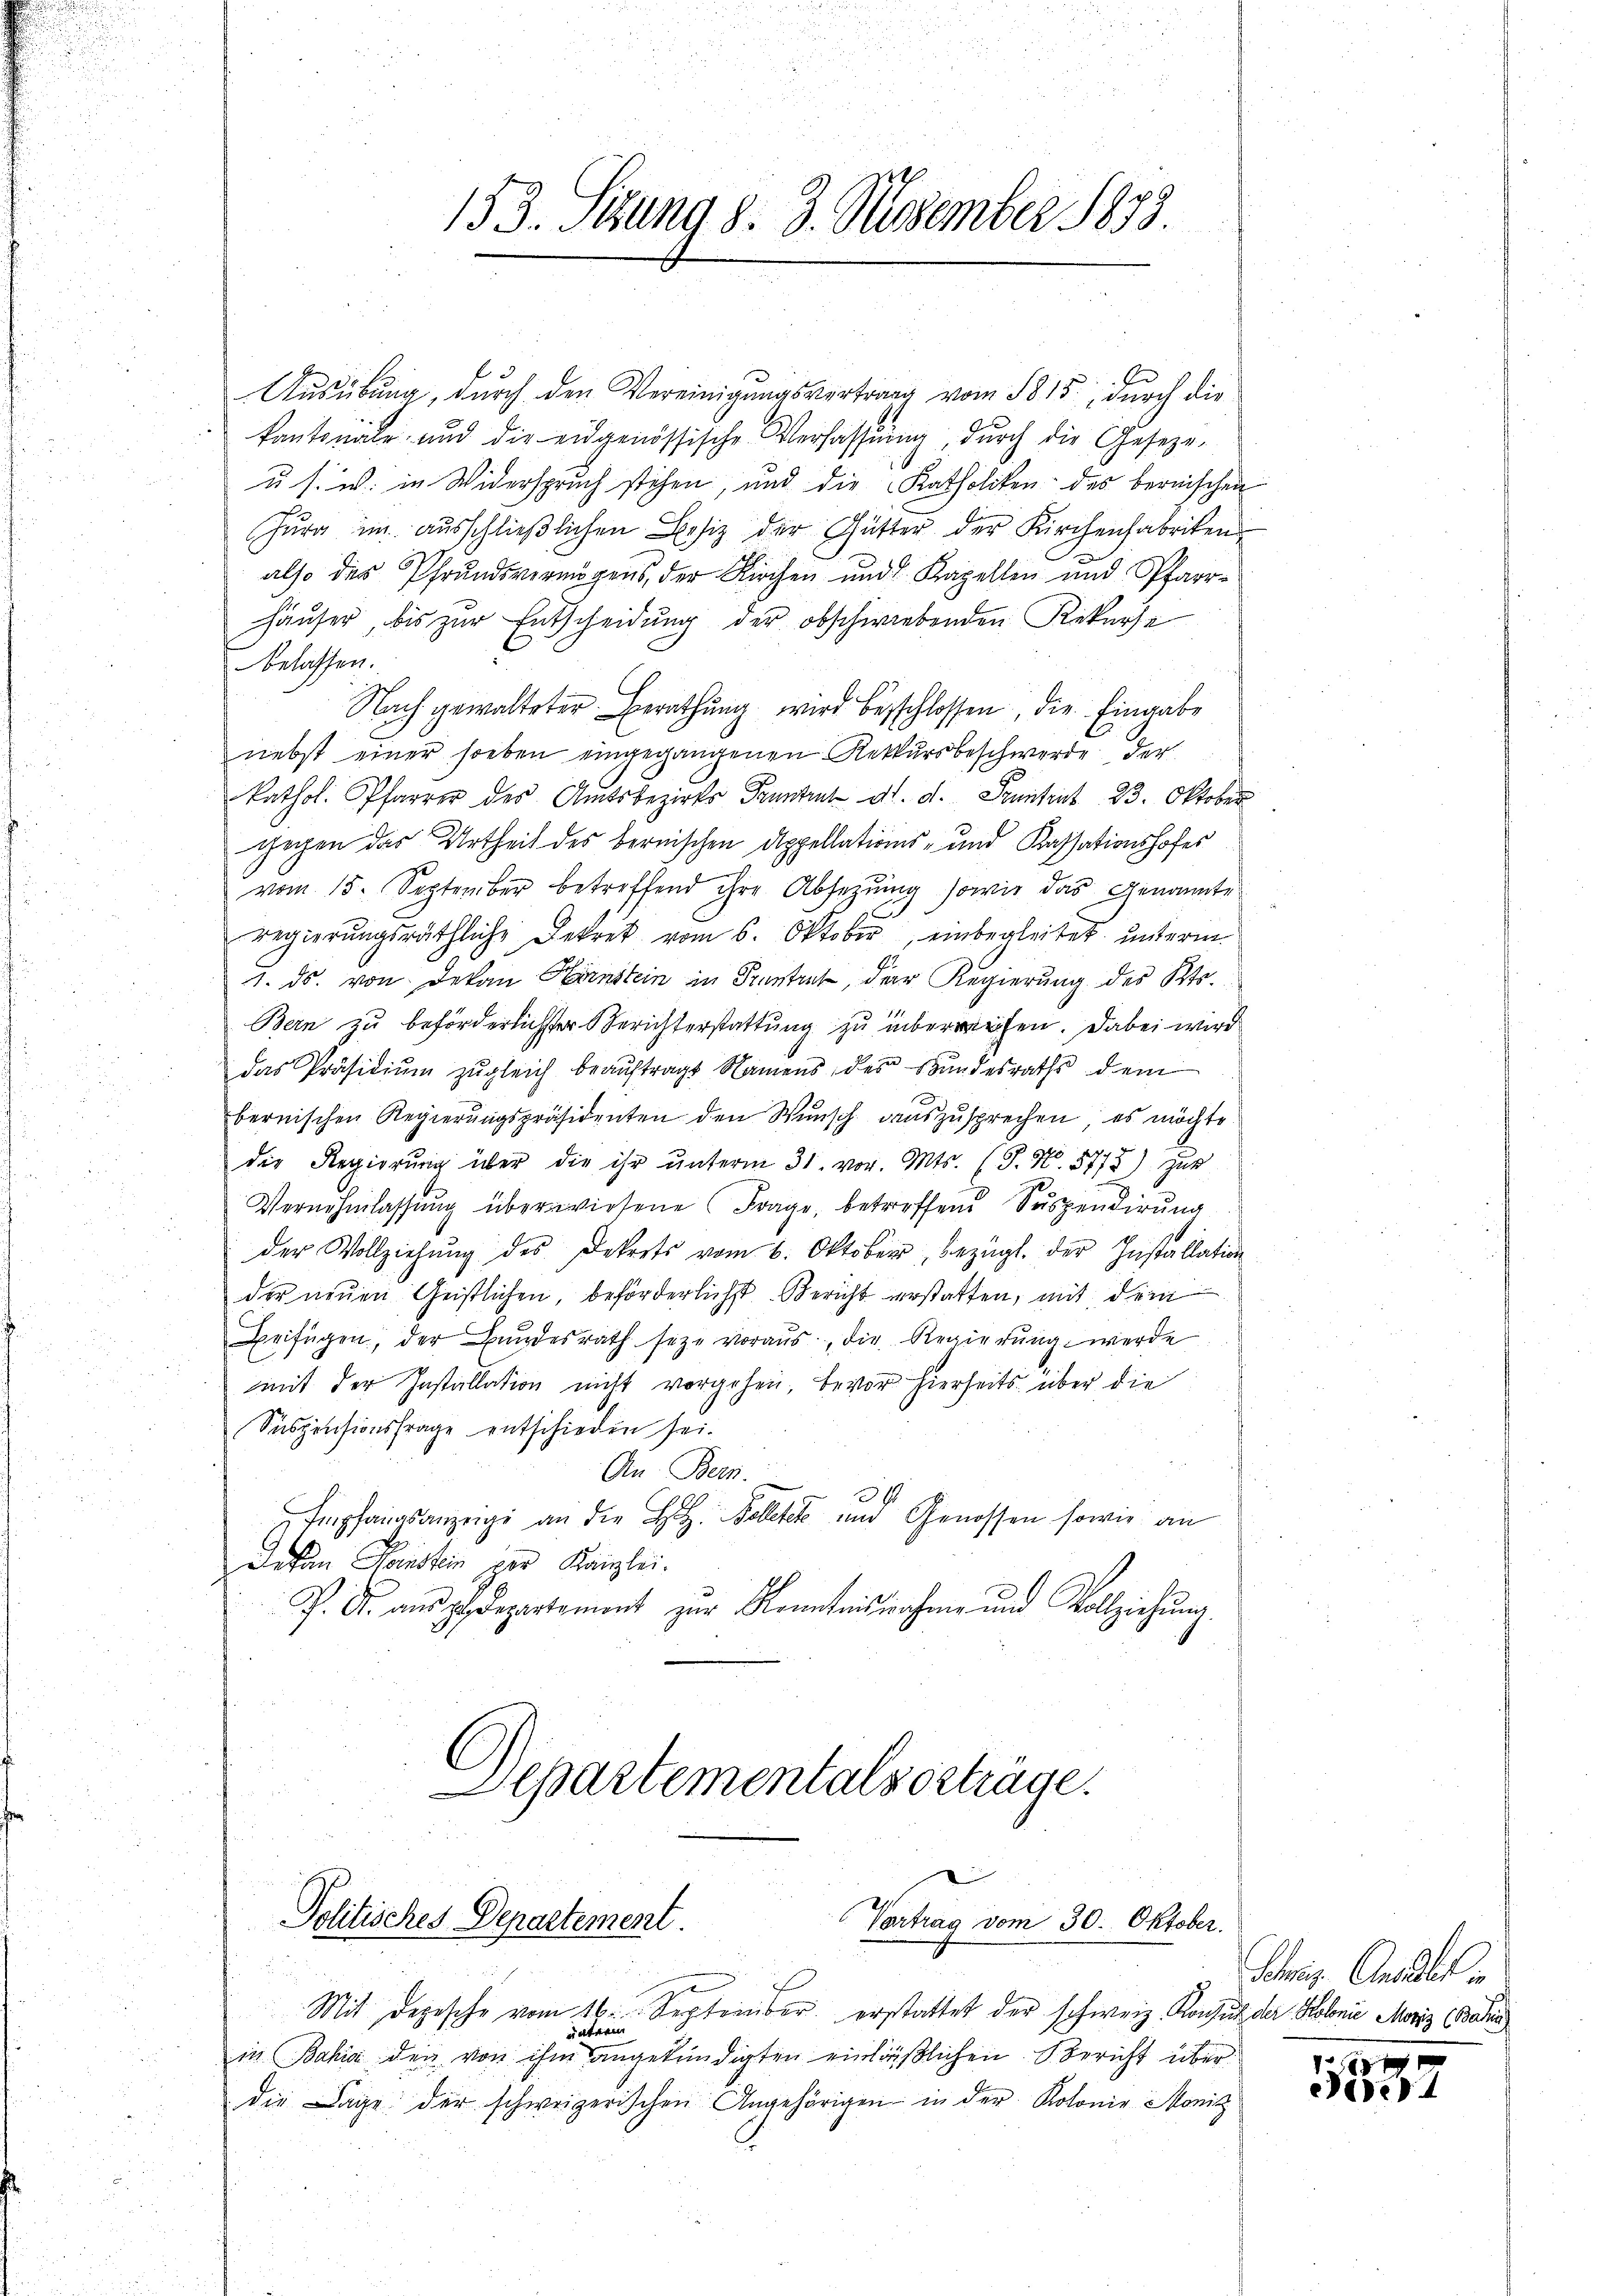
Ausübung, durch den Vereinigungsvertrag vom 1815., durch die
kantonale und die eidgenössische Verfassŭng, dŭrch die Geseze-
.
u. s. w. in Widerspruch stehen, und die Katholiken des bereischen
Zurg im ausschließlichen Besiz der Gütter der Kirchenfabriken
also des Pfrundsvermögens, der Kirchen und Kapellen und Pfarr¬
Häuser, bis zur Entscheidung der obschwiebenden Rekurse
belassen.
Nach gewalteter Berathung wird beschlossen, die Eingabe
nebst einer soeben eingegangenen Rekursbeschwerde der
kathol. Pfarrer des Amtsbezirks Frantrat d. d. Sonntent 23. Oktober
gegen das Urtheil des bernischen Appellations- und Kassationshofes
vom 15. September betreffend ihre Absetzung sowie das Genannte
regierŭngsräthliche Dekret vom 6. Oktober, einbegleitet unterm
1. ds. von Dekan Hirnstein in Szentrut der Regierŭng des Kts.
Bern zu beförderlichster Berichterstattung zu überweisen. Dabei wird
das Präsidiŭm zŭgleich beaŭftragt Namens des Bŭndesraths dem
bernischen Regierungspräsidenten den Wunsch auszusprechen, es möchte
die Regierŭng über die ihr ŭnterm 31. vor. Mts. (T. N. 5773) gut
Vernehmlassŭng überwiesene Frage, betreffend Suspendirung
der Vollziehŭng des Dekrets vom 6. Oktober, bezügl. der Installation
der neuen Geistlichen, beförderlichst Bericht erstatten, mit dem
Beifügen, der Bundesrath seze voraus, die Regierung werde
mit der Installation nicht vorgehen, bevor hierseits über die
Suspensionsfrage entschieden sei.
An Bern.
Empfangsanzeige an die H. Bolletet und Genossen sowie an
Dechen Heinstein per Kanzlei.
P. F. aŭsgedepartement zur Kenntnisnahme und Vollziehung
Departementalsörträge.

133. Stung d. 3. November 1833.

Politisches Departement
Vertrag vom 30. Oktober.

i
Mit Depesche vom 16. September erstattet der schweiz. Konsul der Kolonie Moriz (Bahia
unterm
in Bahia den von ihm angekündigten einläßlichen Bericht über
die Lage der schweizerischen Angehörigen in der Kolonie Monitz

Schnis. Anselben

157